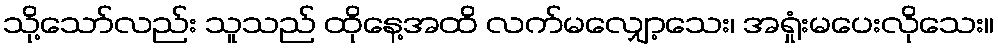
သို့သော်လည်း သူသည် ထိုနေ့အထိ လက်မလျှော့သေး၊ အရှုံးမပေးလိုသေး။